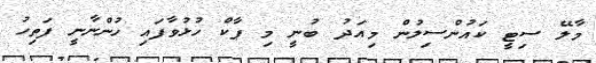
މާލޭ ސިޓީ ކައުންސިލުން މިއަދު ބުނީ މި ޕާކް ހުޅުވާފައި ހުންނާނީ ފަތިހު